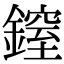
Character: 𨫐